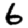
Digit: 6